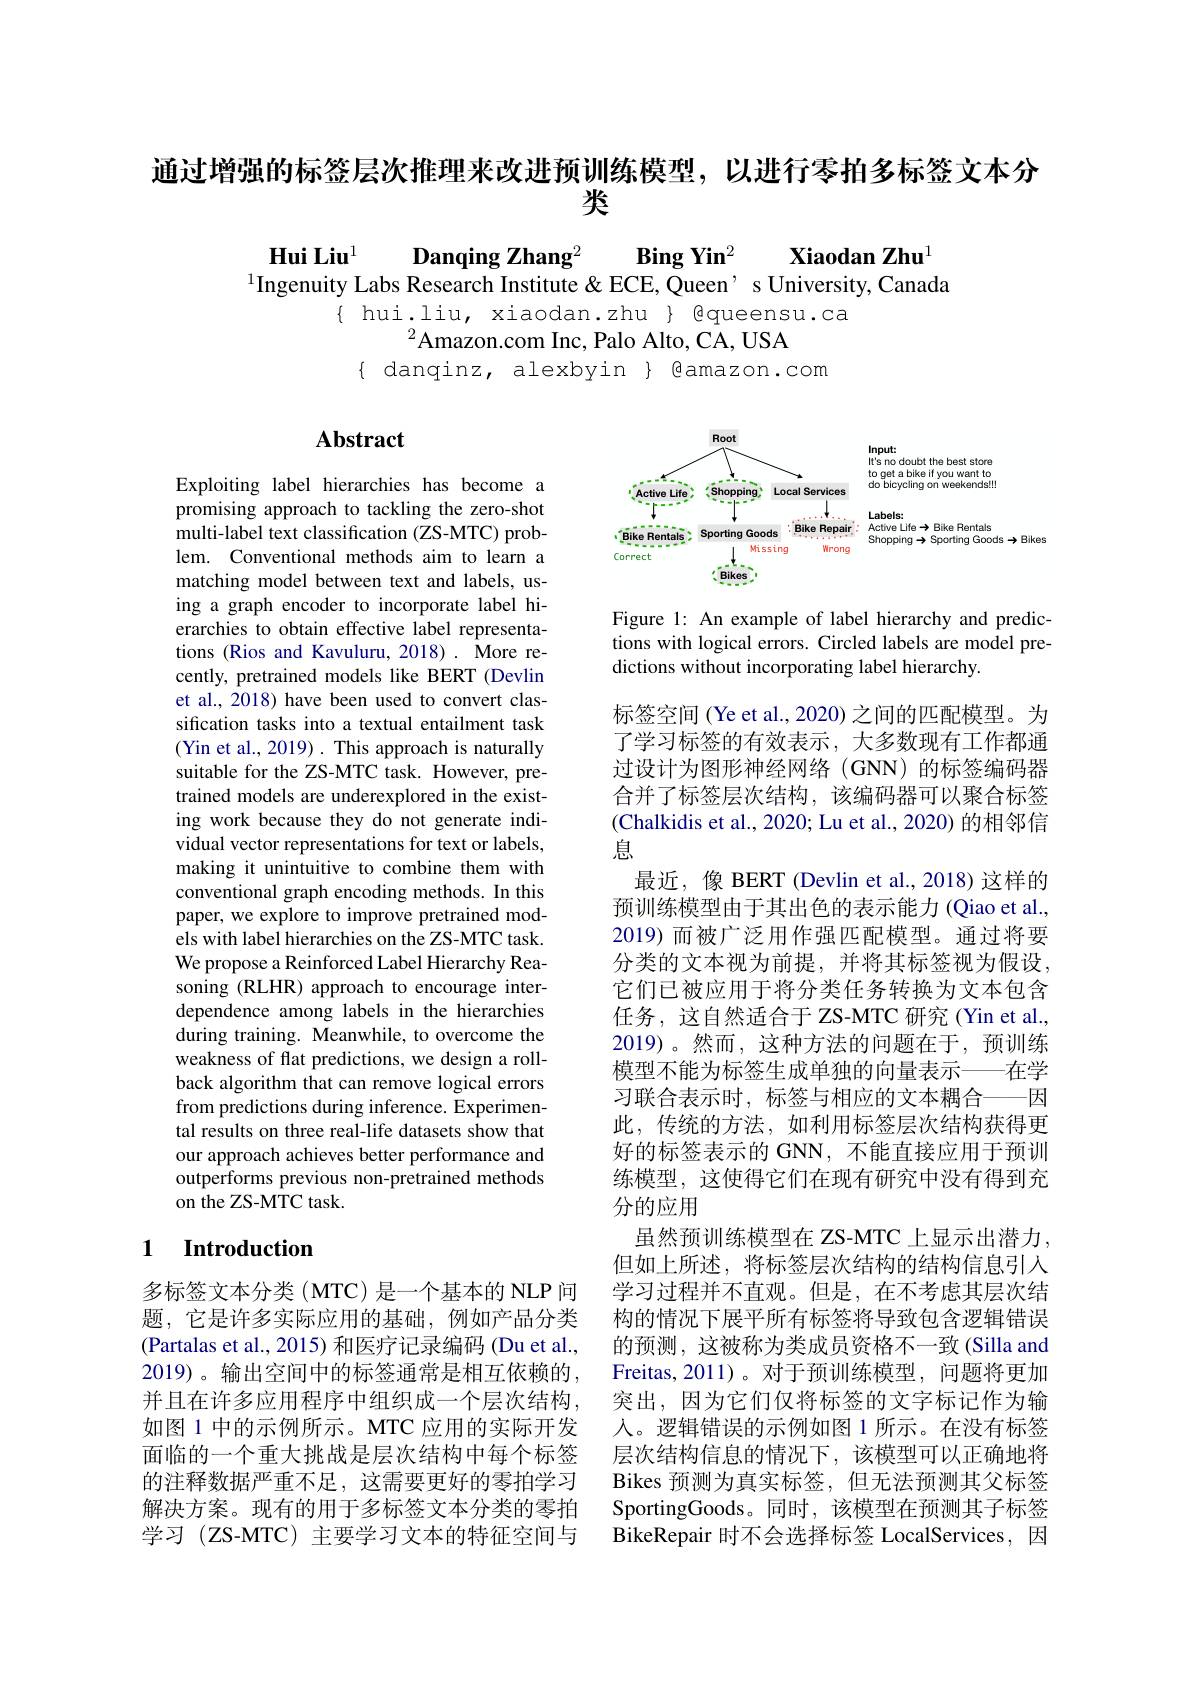
通过增强的标签层次推理来改进预训练模型，以进行零拍多标签文本分
# 类

$\textbf{Hui Liu}^{1}$ $\textbf{Danqing Zhang}^{2}$ $\textbf{Bing Yin}^{2}$ $\textbf{Xiaodan Zhu}^{1}$ $^1\text{School of Computer Science, Beijing Institute of Technology}^2$ETH Zurichngenuity Labs Research Institute $\ $ECE, Queen$’$ s University, Canada
hui.liu, xiaodan.zhu $\{$gueensu.ca
$^2$Amazon.com Inc, Palo Alto, CA, USA
$\{$ danqinz, alexbyin $\}$ @amazon.com

# Abstract

<FigureHere>

Figure 1: An example of label hierarchy and predictions with logical errors. Circled labels are model predictions without incorporating label hierarchy.

Exploiting label hierarchies has become a promising approach to tackling the zero-shot multi-label text classification (ZS-MTC) problem. Conventional methods aim to learn a matching model between text and labels, using a graph encoder to incorporate label hierarchies to obtain effective label representations (Rios and Kavuluru, 2018). More recently, pretrained models like BERT (Devlin et al., 2018) have been used to convert classification tasks into a textual entailment task (Yin et al., 2019). This approach is naturally suitable for the ZS-MTC task. However, pretrained models are underexplored in the existing work because they do not generate individual vector representations for text or labels, making it unintuitive to combine them with conventional graph encoding methods. In this paper, we explore to improve pretrained models with label hierarchies on the ZS-MTC task. We propose a Reinforced Label Hierarchy Reasoning (RLHR) approach to encourage interdependence among labels in the hierarchies during training. Meanwhile, to overcome the weakness of flat predictions, we design a rollback algorithm that can remove logical errors from predictions during inference. Experimental results on three real-life datasets show that our approach achieves better performance and outperforms previous non-pretrained methods on the ZS-MTC task.

标签空间 (Ye et al., 2020) 之间的匹配模型。为了学习标签的有效表示，大多数现有工作都通过设计为图形神经网络(GNN)的标签编码器合并了标签层次结构，该编码器可以聚合标签(Chalkidis et al., 2020; Lu et al., 2020) 的相邻信息
最近，像 BERT (Devlin et al., 2018) 这样的预训练模型由于其出色的表示能力(Qiao et al., 2019)而被广泛用作强匹配模型。通过将要分类的文本视为前提，并将其标签视为假设， 它们已被应用于将分类任务转换为文本包含任务，这自然适合于 ZS-MTC 研究(Yin et al., 2019)。然而，这种方法的问题在于，预训练模型不能为标签生成单独的向量表示——在学习联合表示时，标签与相应的文本耦合——因此，传统的方法，如利用标签层次结构获得更好的标签表示的 GNN, 不能直接应用于预训练模型，这使得它们在现有研究中没有得到充分的应用
虽然预训练模型在 ZS-MTC 上显示出潜力， 但如上所述，将标签层次结构的结构信息引入学习过程并不直观。但是，在不考虑其层次结构的情况下展平所有标签将导致包含逻辑错误的预测，这被称为类成员资格不一致(Silla and Freitas,2011)。对于预训练模型，问题将更加突出，因为它们仅将标签的文字标记作为输人。逻辑错误的示例如图 1 所示。在没有标签层次结构信息的情况下，该模型可以正确地将Bikes 预测为真实标签，但无法预测其父标签SportingGoods。同时，该模型在预测其子标签BikeRepair 时不会选择标签 LocalServices, 因

## 1 Introduction

多标签文本分类(MTC) 是一个基本的 NLP 问题，它是许多实际应用的基础，例如产品分类(Partalas et al., 2015) 和医疗记录编码 (Du et al., 2019)。输出空间中的标签通常是相互依赖的并且在许多应用程序中组织成一个层次结构， 如图 1 中的示例所示。MTC 应用的实际开发面临的一个重大挑战是层次结构中每个标签的注释数据严重不足，这需要更好的零拍学习解决方案。现有的用于多标签文本分类的零拍学习 (ZS-MTC) 主要学习文本的特征空间与